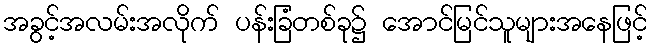
အခွင့်အလမ်းအလိုက် ပန်းခြံတစ်ခု၌ အောင်မြင်သူများအနေဖြင့်